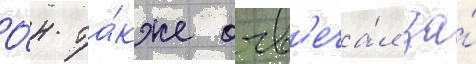
О́н та́кже отв'еча́л за́